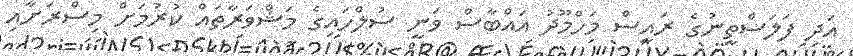
އަދި ފަލަސްތީނުގެ ރައީސް މަހްމޫދު އައްބާސް ވަނީ ސުލްހައިގެ މަޝްވަރާތައް ކުރުމަށް މިސްރަށާއި